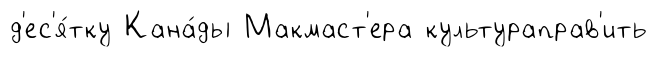
д'ес'я́тку Кана́ды Макмаст'ера культураправ'ить